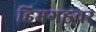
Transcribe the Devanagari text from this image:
हिमगह्रवर